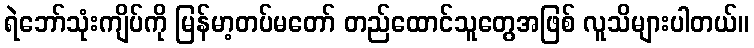
ရဲဘော်သုံးကျိပ်ကို မြန်မာ့တပ်မတော် တည်ထောင်သူတွေအဖြစ် လူသိများပါတယ်။